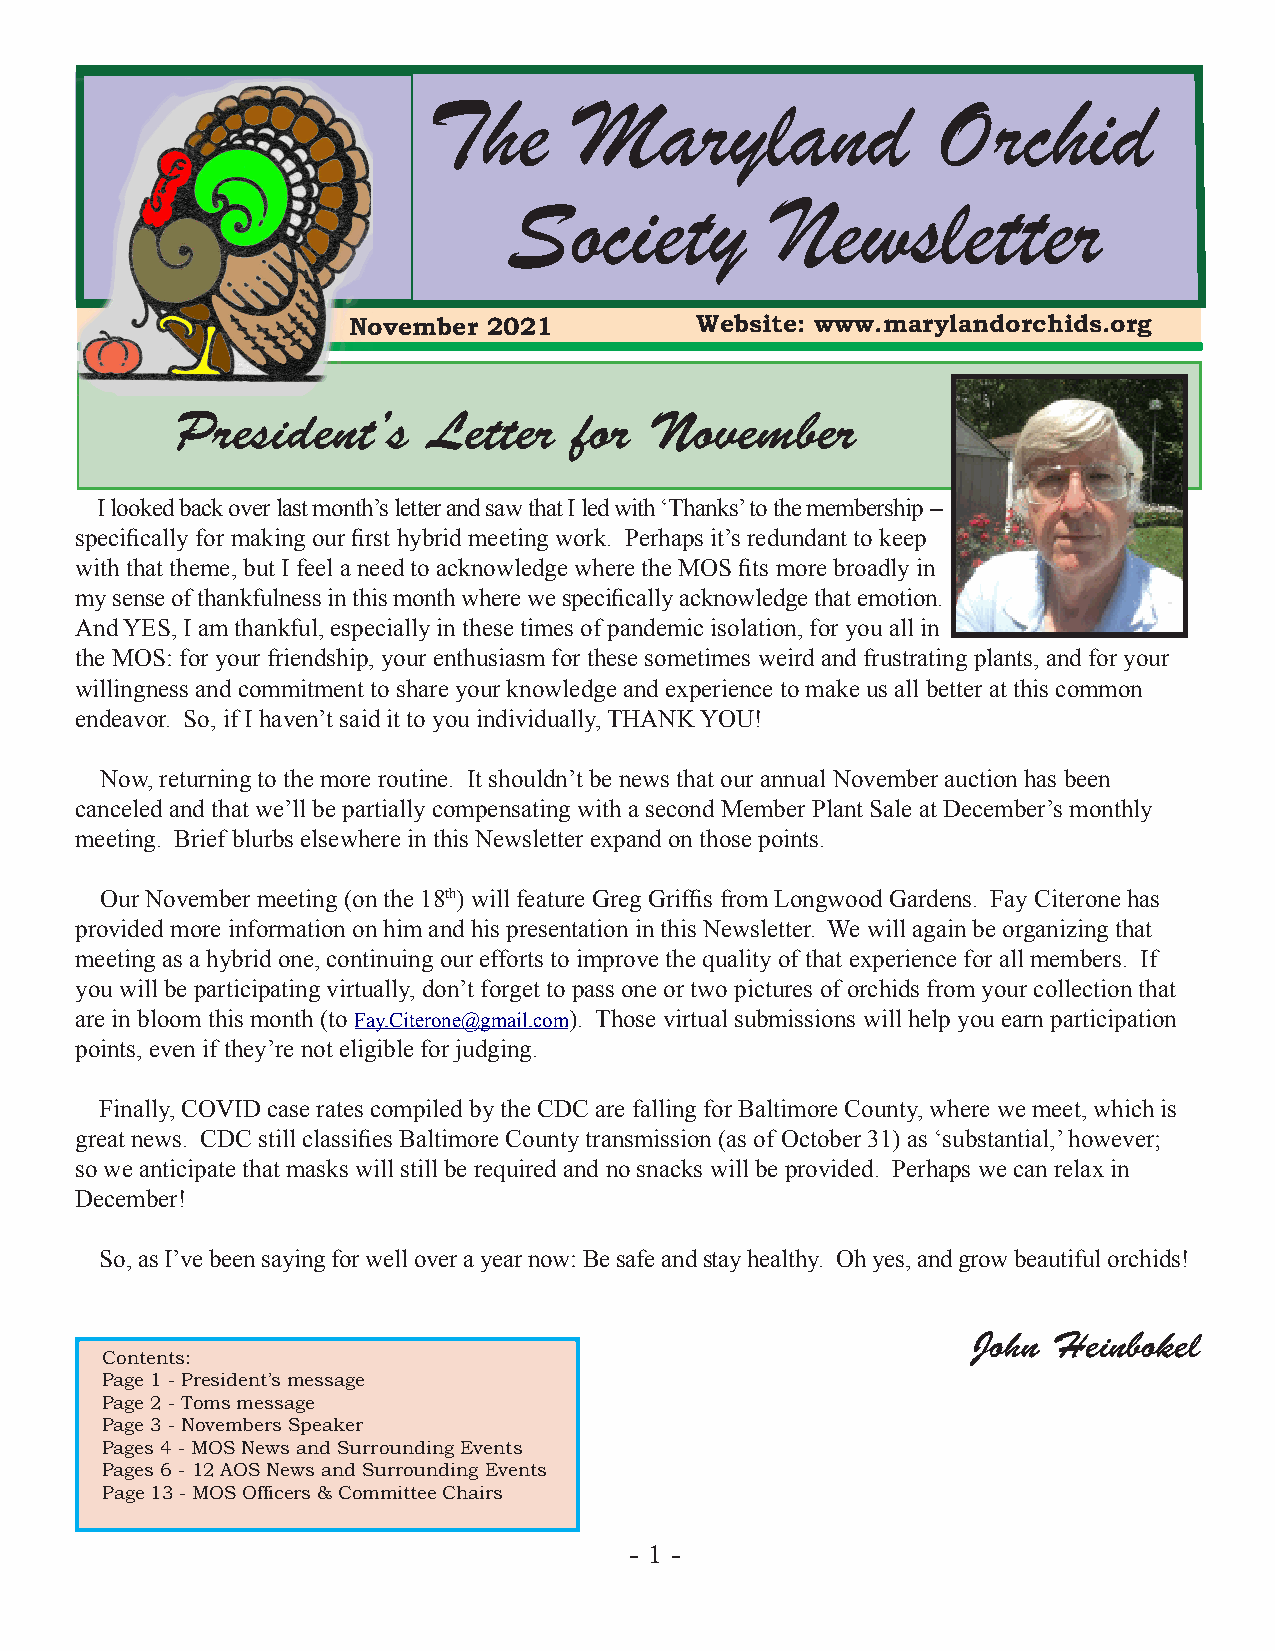
The       Maryland                Orchid
 Society          Newsletter
 November 2021          Website: www.marylandorchids.org
 President’s     Letter    for  November
 I looked back over last month’s letter and saw that I led with ‘Thanks’ to the membership –
 specifically for making our first hybrid meeting work. Perhaps it’s redundant to keep
 with that theme, but I feel a need to acknowledge where the MOS fits more broadly in
 my sense of thankfulness in this month where we specifically acknowledge that emotion.
 And YES, I am thankful, especially in these times of pandemic isolation, for you all in
 the MOS: for your friendship, your enthusiasm for these sometimes weird and frustrating plants, and for your
 willingness and commitment to share your knowledge and experience to make us all better at this common
 endeavor. So, if I haven’t said it to you individually, THANK YOU!
 Now, returning to the more routine. It shouldn’t be news that our annual November auction has been
 canceled and that we’ll be partially compensating with a second Member Plant Sale at December’s monthly
 meeting. Brief blurbs elsewhere in this Newsletter expand on those points.
 Our November meeting (on the 18th) will feature Greg Griffis from Longwood Gardens. Fay Citerone has
 provided more information on him and his presentation in this Newsletter. We will again be organizing that
 meeting as a hybrid one, continuing our efforts to improve the quality of that experience for all members. If
 you will be participating virtually, don’t forget to pass one or two pictures of orchids from your collection that
 are in bloom this month (to Fay.Citerone@gmail.com). Those virtual submissions will help you earn participation
 points, even if they’re not eligible for judging.
 Finally, COVID case rates compiled by the CDC are falling for Baltimore County, where we meet, which is
 great news. CDC still classifies Baltimore County transmission (as of October 31) as ‘substantial,’ however;
 so we anticipate that masks will still be required and no snacks will be provided. Perhaps we can relax in
 December!
 So, as I’ve been saying for well over a year now: Be safe and stay healthy. Oh yes, and grow beautiful orchids!
 John  Heinbokel
 Contents:
 Page 1 - President’s message
 Page 2 - Toms message
 Page 3 - Novembers Speaker
 Pages 4 - MOS News and Surrounding Events
 Pages 6 - 12 AOS News and Surrounding Events
 Page 13 - MOS Officers & Committee Chairs
 - 1 -